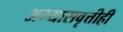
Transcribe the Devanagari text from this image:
अभ्यासवृत्तीही